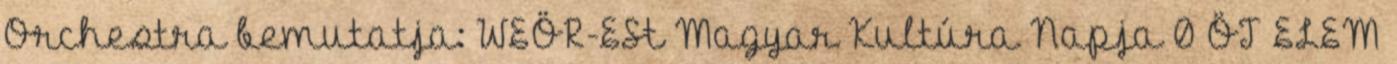
Orchestra bemutatja: WEÖR-ESt Magyar Kultúra Napja 0 ÖT ELEM